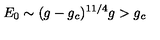
E _ { 0 } \sim ( g - g _ { c } ) ^ { 1 1 / 4 } g > g _ { c }